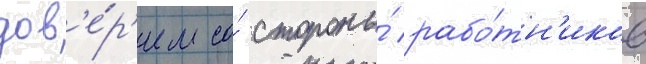
дов'е́р'ием со́ стороны́ рабо́тн'иков